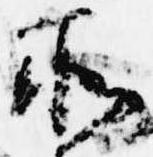
所